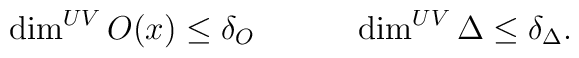
\dim^{UV} O(x) \leq  \delta_O \qquad \quad \dim^{UV} \Delta \leq \delta_\Delta .